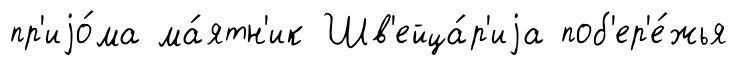
пр'иjо́ма ма́ятн'ик Шв'ейца́р'иjа поб'ер'е́жья